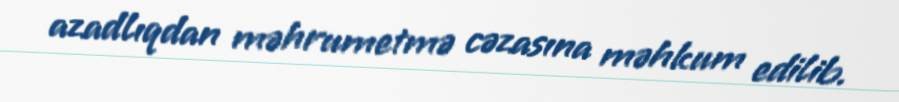
azadlıqdan məhrumetmə cəzasına məhkum edilib.